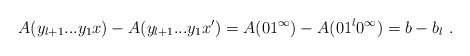
\begin{align*}A(y_{l+1}...y_1x) - A(y_{l+1}...y_1x') = A(01^\infty) - A(01^l0^\infty) = b-b_l \ .\end{align*}